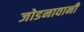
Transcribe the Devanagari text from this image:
जोडनावानी